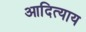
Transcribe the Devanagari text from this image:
आदित्याय